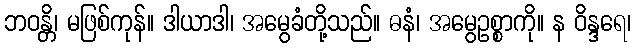
ဘဝန္တိ၊ မဖြစ်ကုန်။ ဒါယာဒါ၊ အမွေခံတို့သည်။ ဓနံ၊ အမွေဥစ္စာကို။ န ဝိန္ဒရေ၊